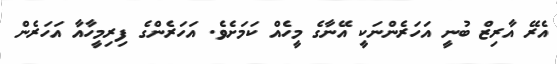
އެރޭ އާރިޒް ބުނީ އަހަރެންނަކީ އޭނާގެ މީހެއް ކަމަށެވެ. އަހަރެންގެ ފިރިމީހާއާ އަހަރެން